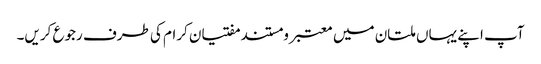
آپ اپنے یہاں ملتان میں معتبر و مستند مفتیان کرام کی طرف رجوع کریں۔